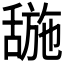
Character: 𬜌